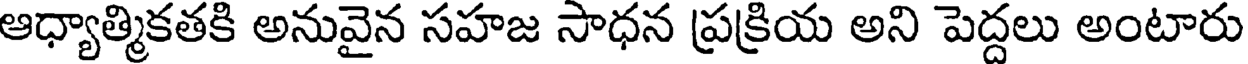
ఆధ్యాత్మికతకి అనువైన సహజ సాధన ప్రక్రియ అని పెద్దలు అంటారు